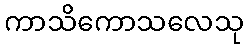
ကာသိကောသလေသု